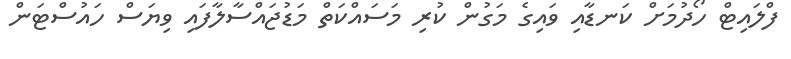
ފްލައިޓް ހޯދުމަށް ކަނޑާއި ވައިގެ މަގުން ކުރި މަސައްކަތް މަޑުޖައްސާލާފައި ވިޔަސް ހައުސްޓަން